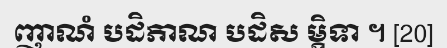
ញាណំ បដិភាណ បដិស ម្ភិទា ។ [20]